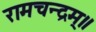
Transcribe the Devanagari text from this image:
रामचन्द्रम्॥